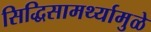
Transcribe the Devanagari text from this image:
सिद्धिसामर्थ्यामुळे